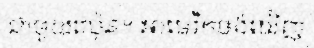
ជាមួយជប៉ុន។ អាមេរិកចង់ឃើញ